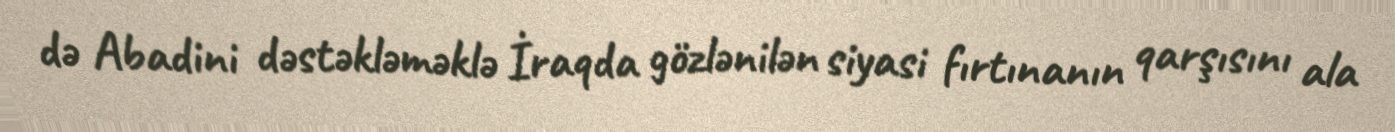
də Abadini dəstəkləməklə İraqda gözlənilən siyasi fırtınanın qarşısını ala